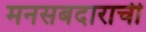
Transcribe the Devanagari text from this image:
मनसबदाराची